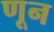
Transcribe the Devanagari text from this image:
णून